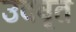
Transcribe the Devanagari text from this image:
उदवृत